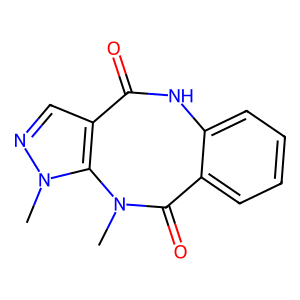
SMILES: CN1C(=O)c2ccccc2NC(=O)c2cnn(C)c21
Inhibits HIV replication: No